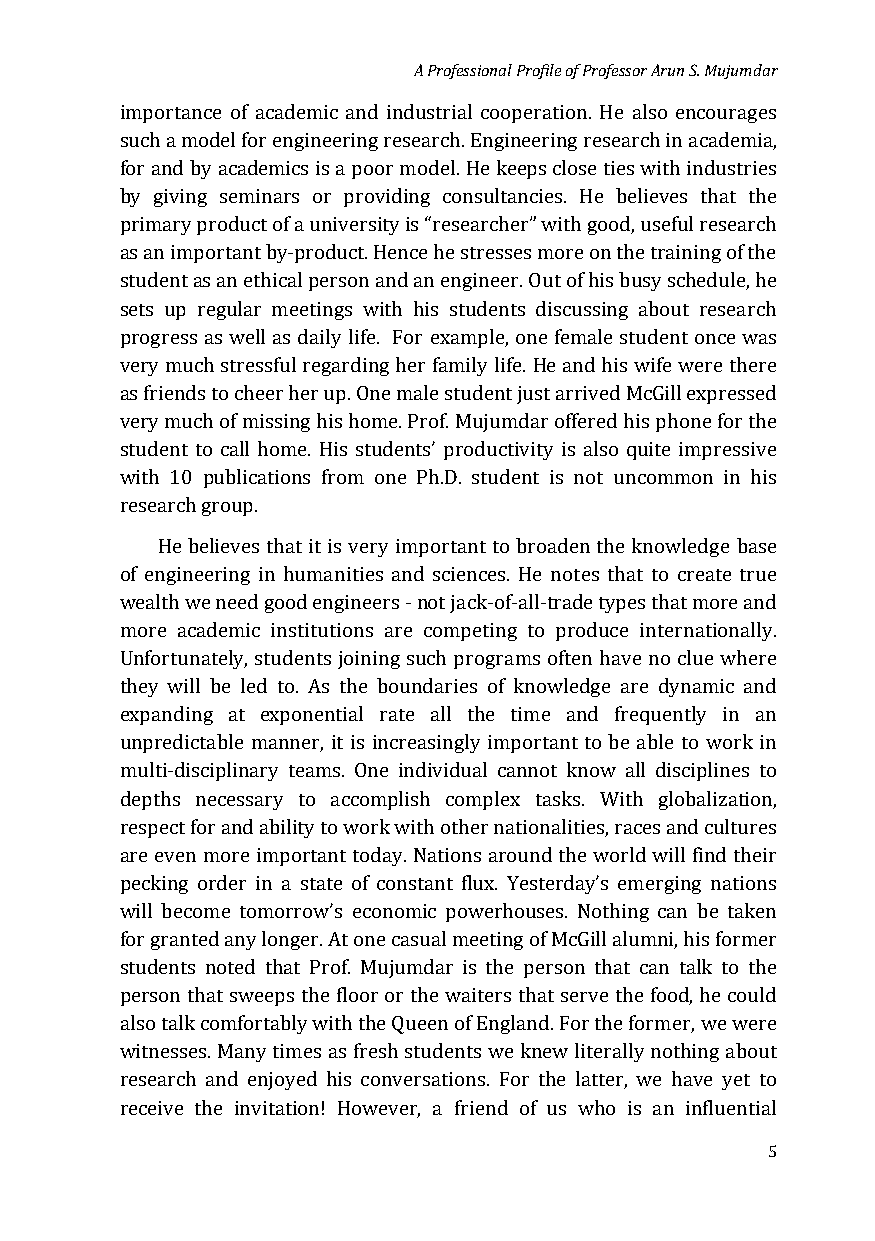
A Professional Profile of Professor Arun S. Mujumdar
 importance of academic and industrial cooperation. He also encourages
 such a model for engineering research. Engineering research in academia,
 for and by academics is a poor model. He keeps close ties with industries
 by giving seminars or providing consultancies. He believes that the
 primary product of a university is “researcher” with good, useful research
 as an important by-product. Hence he stresses more on the training of the
 student as an ethical person and an engineer. Out of his busy schedule, he
 sets up regular meetings with his students discussing about research
 progress as well as daily life. For example, one female student once was
 very much stressful regarding her family life. He and his wife were there
 as friends to cheer her up. One male student just arrived McGill expressed
 very much of missing his home. Prof. Mujumdar offered his phone for the
 student to call home. His students’ productivity is also quite impressive
 with 10 publications from one Ph.D. student is not uncommon in his
 research group.
 He believes that it is very important to broaden the knowledge base
 of engineering in humanities and sciences. He notes that to create true
 wealth we need good engineers - not jack-of-all-trade types that more and
 more academic institutions are competing to produce internationally.
 Unfortunately, students joining such programs often have no clue where
 they will be led to. As the boundaries of knowledge are dynamic and
 expanding at exponential rate all the time and frequently in an
 unpredictable manner, it is increasingly important to be able to work in
 multi-disciplinary teams. One individual cannot know all disciplines to
 depths necessary to accomplish complex tasks. With globalization,
 respect for and ability to work with other nationalities, races and cultures
 are even more important today. Nations around the world will find their
 pecking order in a state of constant flux. Yesterday’s emerging nations
 will become tomorrow’s economic powerhouses. Nothing can be taken
 for granted any longer. At one casual meeting of McGill alumni, his former
 students noted that Prof. Mujumdar is the person that can talk to the
 person that sweeps the floor or the waiters that serve the food, he could
 also talk comfortably with the Queen of England. For the former, we were
 witnesses. Many times as fresh students we knew literally nothing about
 research and enjoyed his conversations. For the latter, we have yet to
 receive the invitation! However, a friend of us who is an influential
 5